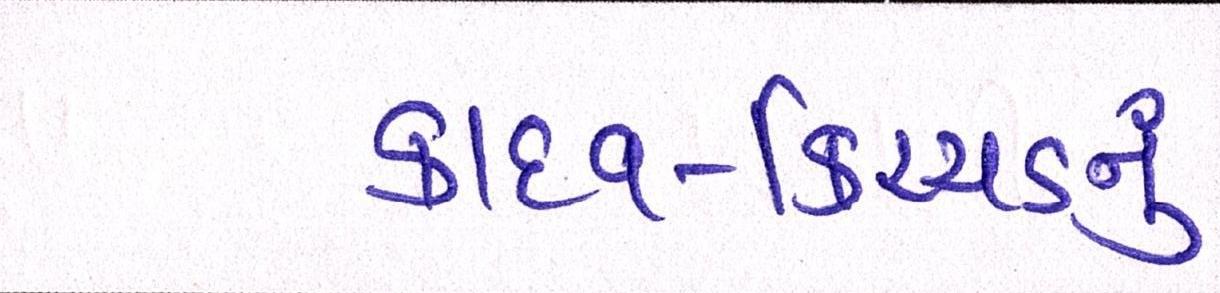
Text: કાદવ-કિચ્ચડનું